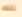
تلك